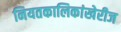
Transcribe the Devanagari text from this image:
नियतकालिकांखेरीज